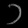
Digit: ၁